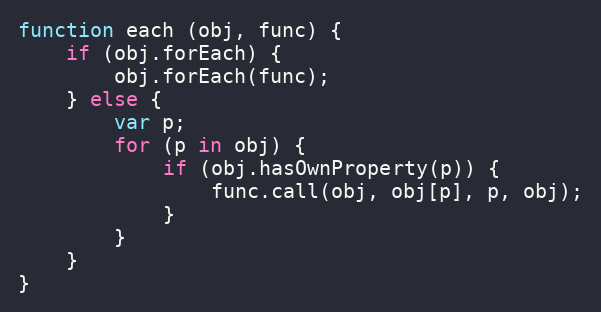
Language: JavaScript
function each (obj, func) {
    if (obj.forEach) {
        obj.forEach(func);
    } else {
        var p;
        for (p in obj) {
            if (obj.hasOwnProperty(p)) {
                func.call(obj, obj[p], p, obj);
            }
        }
    }
}